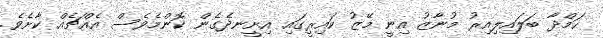
ހަމްދާ ބަލައިލިއިރު މުނާޒު އިނީ މޭޒު ކައިރީގައި އިށީނދެގެން ކޮންމެވެސް އެއްޗެއް ކާށެވެ.